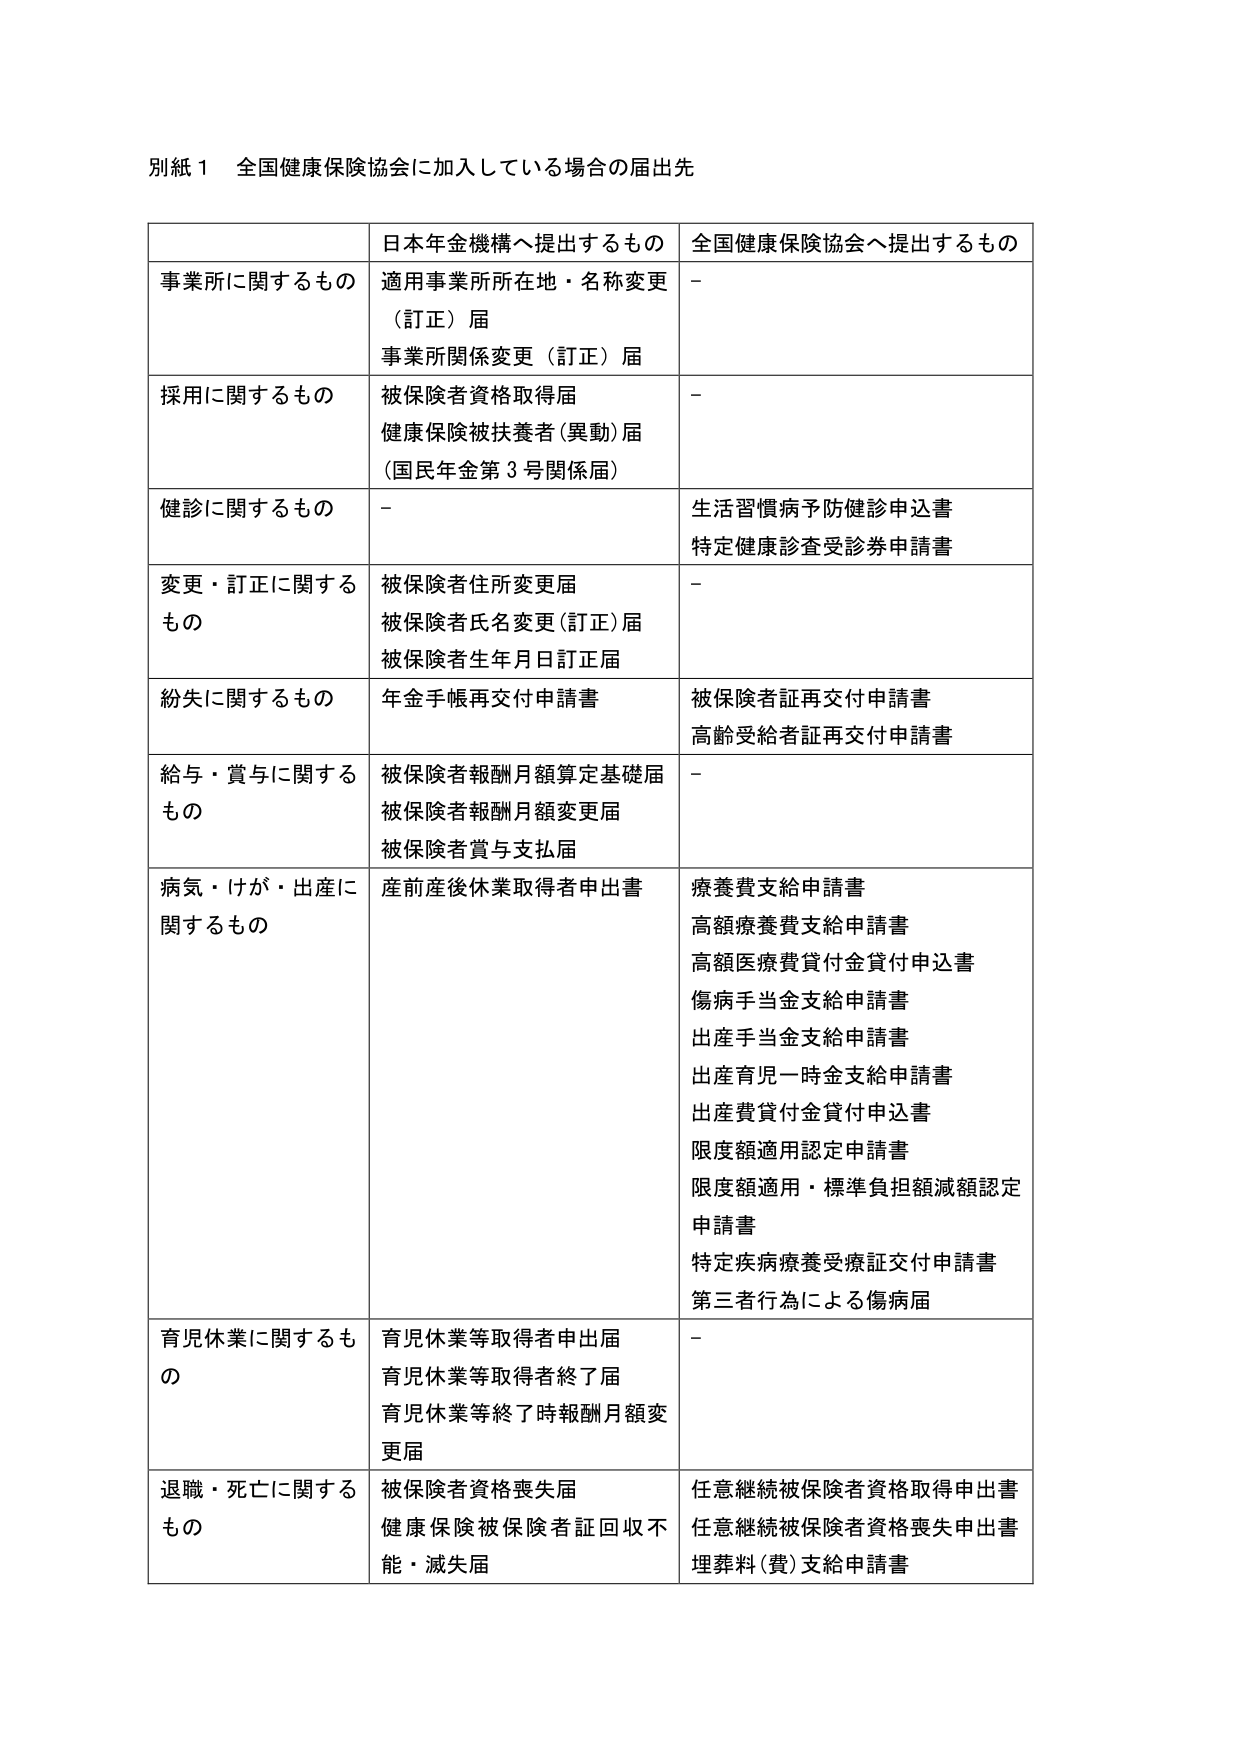
別紙１　全国健康保険協会に加入している場合の届出先

| | 日本年金機構へ提出するもの | 全国健康保険協会へ提出するもの |
|---|---|---|
| 事業所に関するもの | 適用事業所所在地・名称変更（訂正）届<br>事業所関係変更（訂正）届 | - |
| 採用に関するもの | 被保険者資格取得届<br>健康保険被扶養者（異動）届（国民年金第３号関係届） | - |
| 健診に関するもの | - | 生活習慣病予防健診申込書<br>特定健康診査受診券申請書 |
| 変更・訂正に関するもの | 被保険者住所変更届<br>被保険者氏名変更（訂正）届<br>被保険者生年月日訂正届 | - |
| 紛失に関するもの | 年金手帳再交付申請書 | 被保険者証再交付申請書<br>高齢受給者証再交付申請書 |
| 給与・賞与に関するもの | 被保険者報酬月額算定基礎届<br>被保険者報酬月額変更届<br>被保険者賞与支払届 | - |
| 病気・けが・出産に関するもの | 産前産後休業取得者申出書 | 療養費支給申請書<br>高額療養費支給申請書<br>高額医療費貸付金貸付申込書<br>傷病手当金支給申請書<br>出産手当金支給申請書<br>出産育児一時金支給申請書<br>出産費貸付金貸付申込書<br>限度額適用認定申請書<br>限度額適用・標準負担額減額認定申請書<br>特定疾病療養受療証交付申請書<br>第三者行為による傷病届 |
| 育児休業に関するもの | 育児休業等取得者申出届<br>育児休業等取得者終了届<br>育児休業等終了時報酬月額変更届 | - |
| 退職・死亡に関するもの | 被保険者資格喪失届<br>健康保険被保険者証回収不能・滅失届 | 任意継続被保険者資格取得申出書<br>任意継続被保険者資格喪失申出書<br>埋葬料（費）支給申請書 |